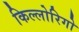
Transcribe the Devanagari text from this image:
किल्लोरिगो